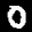
Label: 0